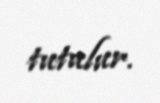
tutulur.